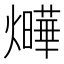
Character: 𤒃